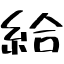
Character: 給